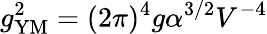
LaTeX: g_{\mathrm{YM}}^{2}=(2\pi)^{4}g\alpha^{3/2}V^{-4}